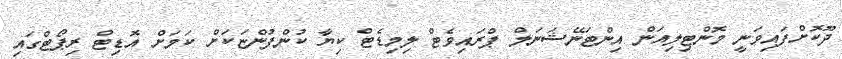
ދޫކޮށްފައިވަނީ މޮންޓިލިއަން އިންޓަނޭޝަނަލް ޕްރައިވެޓް ލިމިޑެޓް ކިޔާ ކުންފުންޏަކަށް ކަމަށް އޮޑިޓް ރިޕޯޓްގައި